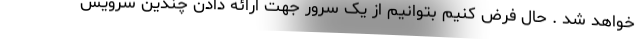
خواهد شد . حال فرض کنیم بتوانیم از یک سرور جهت ارائه دادن چندین سرویس